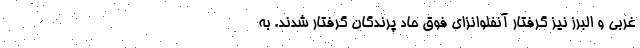
غربی و البرز نیز گرفتار آنفلوانزای فوق حاد پرندگان گرفتار شدند. به